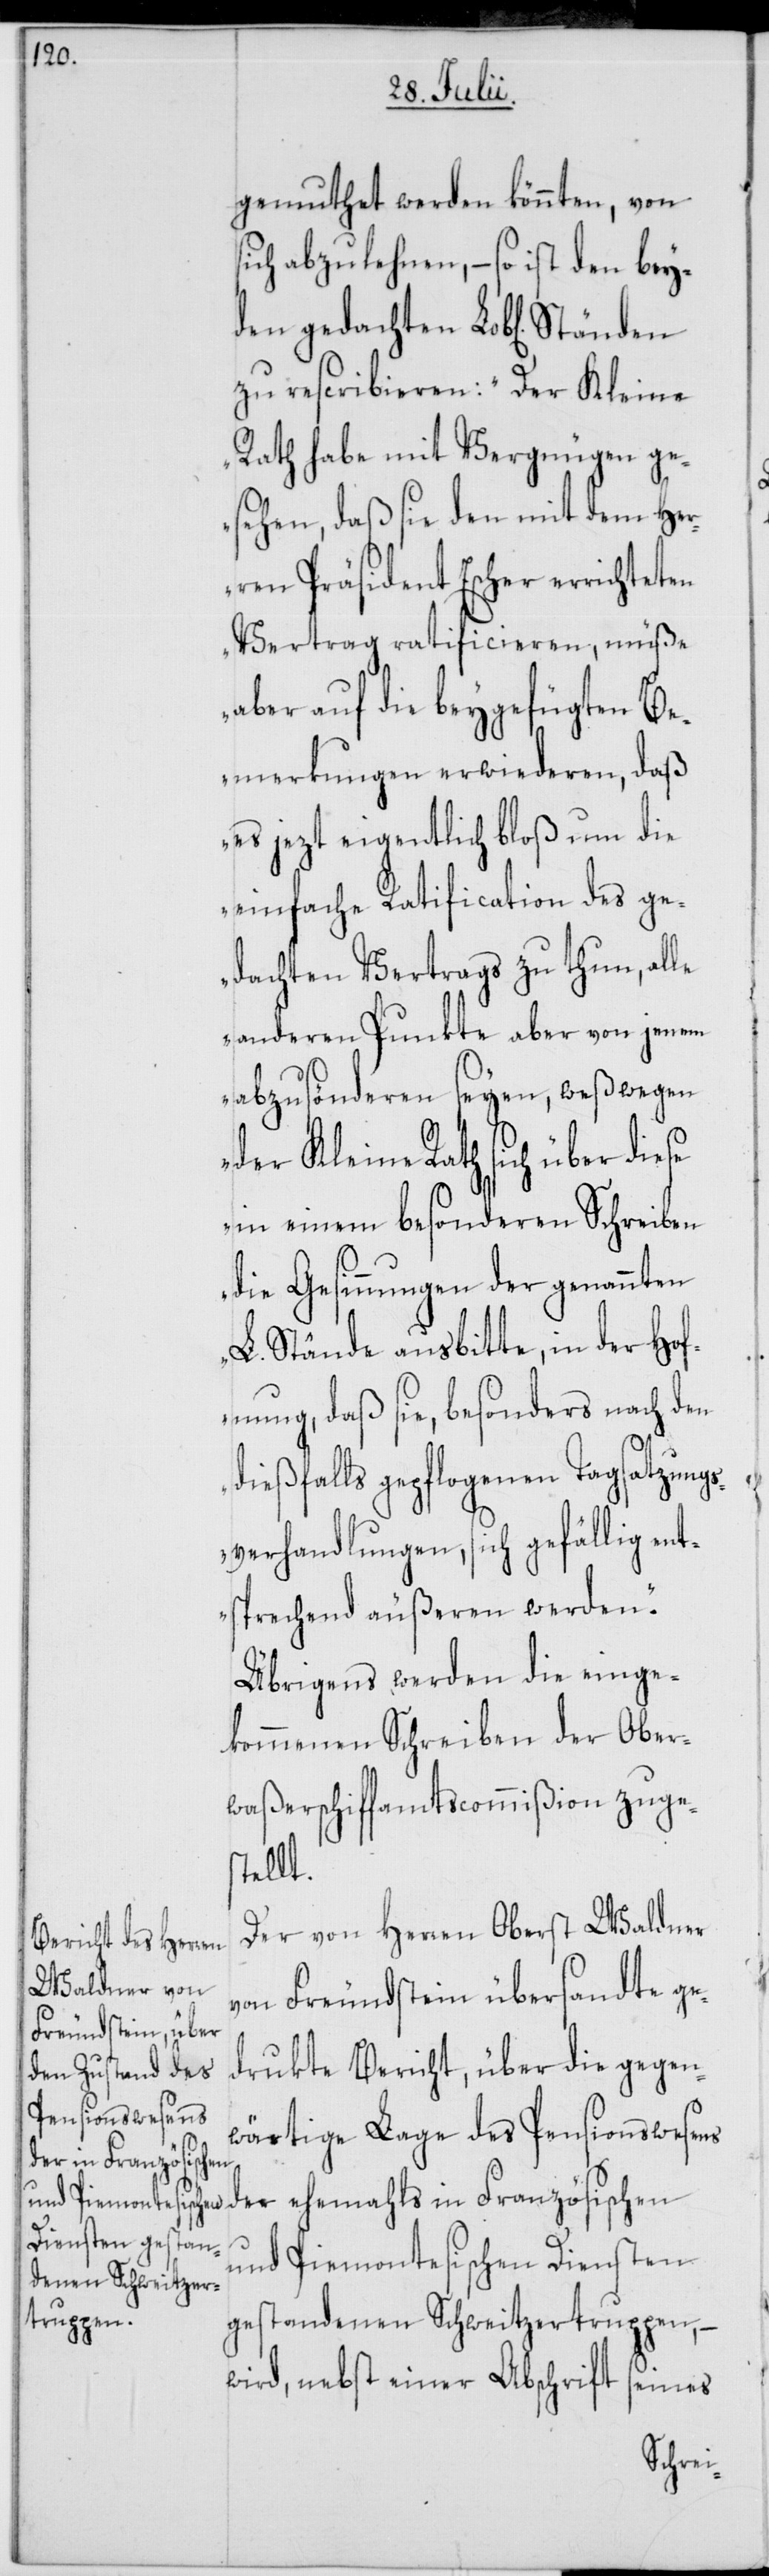
gemuthet werden könnten, von
sich abzulehnen, – so ist den bey¬
den gedachten Lob[lichen]
zu rescribieren: „Der Kleine
Rath habe mit Vergnügen ge¬
sehen, daß sie den mit dem Her¬
ren Präsident Escher errichteten
Vertrag ratificieren, müße
aber auf die beygefügten Be¬
merkungen erwiederen, daß
es jezt eigentlich bloß um die
einfache Ratification des ge¬
dachten Vertrags zu thun, alle
anderen Punkte aber von jenem
abzusönderen seyen, weßwegen
der Kleine Rath sich über diese
in einem besonderen Schreiben
die Gesinnungen der genannten
L. Stände ausbitte, in der Hof¬
fnung, daß sie, besonders nach den
dießfalls gepflogenen Tagsatzung¬
sverhandlungen, sich gefällig ent¬
sprechend äußeren werden.“
Übrigens werden die einge¬
kommenen Schreiben der Ober¬
waßerschiffamtscommißion zuge¬
stellt.
Der von Herren Oberst Waldner
von Freundstein übersandte ge¬
drukte Bericht, über die gegen¬
wärtige Lage des Pensionswesens
der ehemahls in Französischen
und Piemontesischen Diensten
gestandenen Schweitzertruppen, –
wird, nebst einer Abschrift seines